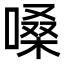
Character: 嗓